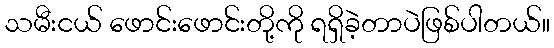
သမီးငယ် ဖောင်းဖောင်းတို့ကို ရရှိခဲ့တာပဲဖြစ်ပါတယ်။